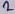
Text: 2